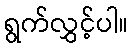
ရွက်လွှင့်ပါ။